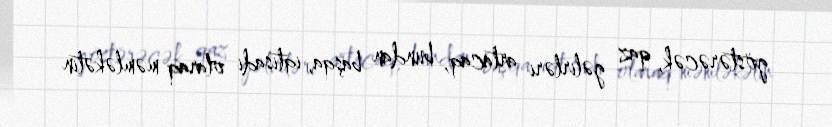
göstərəcək, qaz gəlirləri artacaq, bundan başqa, iqtisadi olaraq məmləkətin